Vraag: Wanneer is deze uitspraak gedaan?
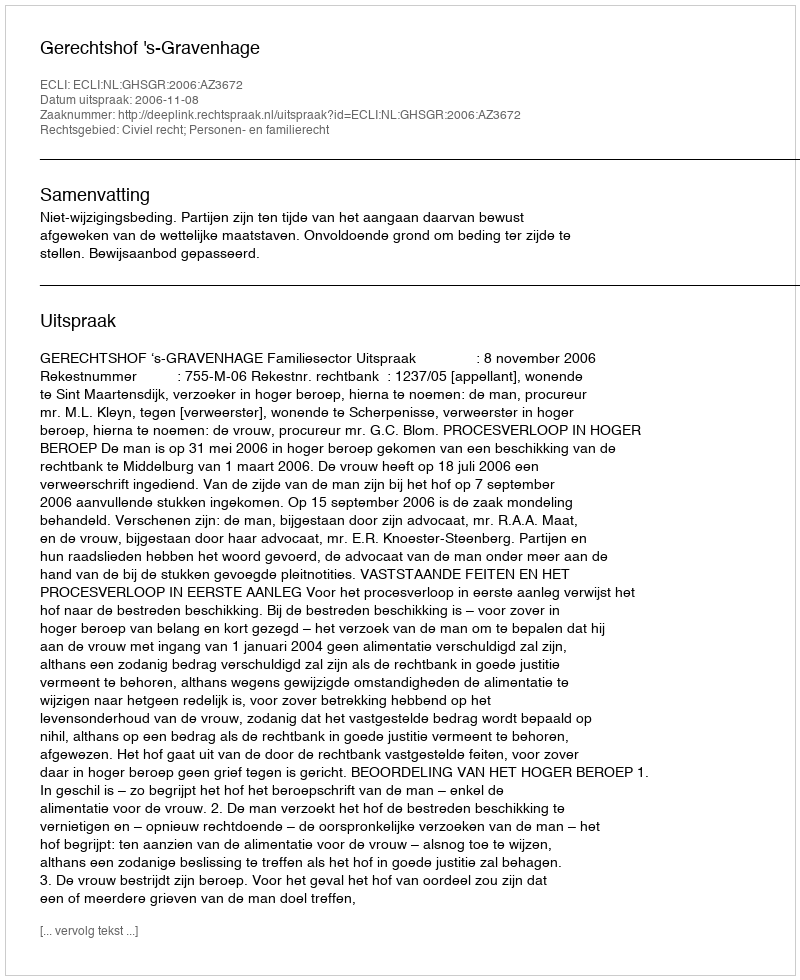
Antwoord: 2006-11-08